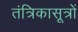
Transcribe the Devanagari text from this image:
तंत्रिकासूत्रों